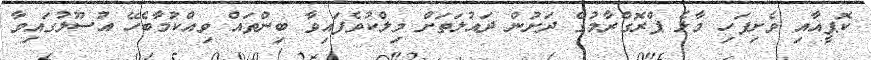
ކޮޕީއާއި ވެށިފަހި މާލެ ޕްރޮގްރާމުގެ ދަށުން ދައުލަތަށް މިލްކުވެފައިވާ ބިންތައް ވިއްކުމާބެހޭ އުސޫލުގައިވާ